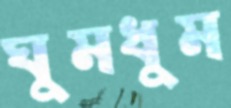
ঘুমধুম